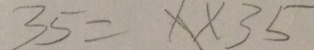
3 5 = 1 \times 3 5